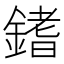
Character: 𨪌